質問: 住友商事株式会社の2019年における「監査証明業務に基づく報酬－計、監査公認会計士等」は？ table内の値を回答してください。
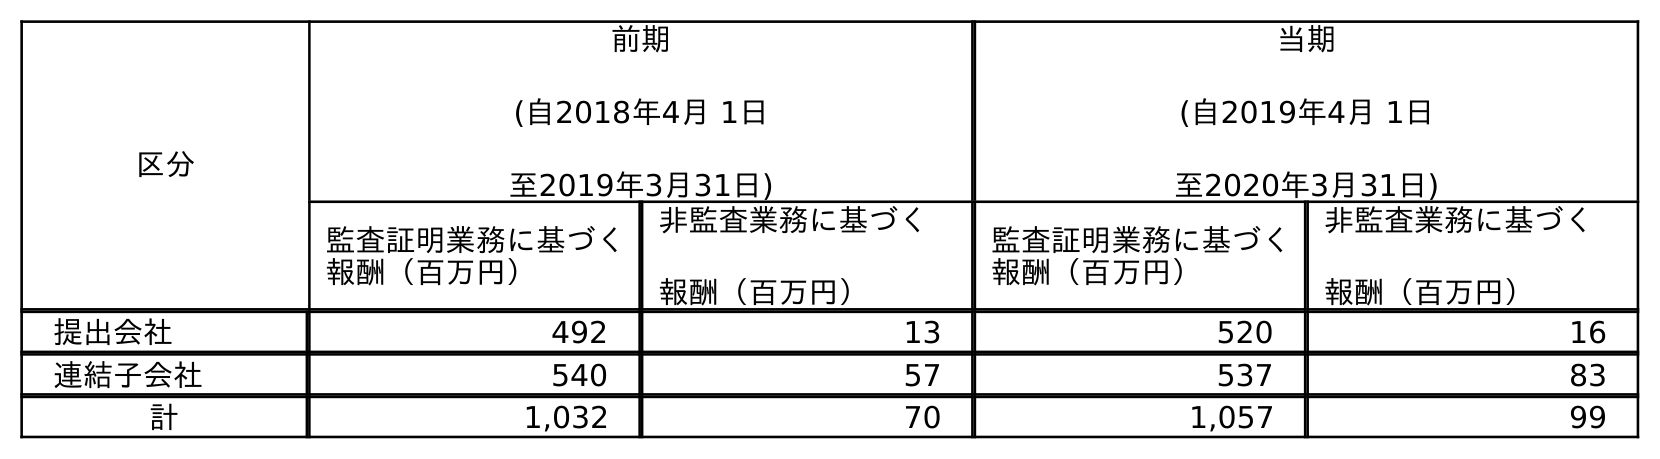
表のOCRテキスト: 区分 前期 (自2018年4月 1日 至2019年3月31日) 当期 (自2019年4月 1日 至2020年3月31日) 監査証明業務に基づく 報酬（百万円） 非監査業務に基づく 報酬（百万円） 監査証明業務に基づく 報酬（百万円） 非監査業務に基づく 報酬（百万円） 提出会社 492 13 520 16 連結子会社 540 57 537 83 計 1,032 70 1,057 99
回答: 1,032